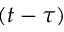
( t - \tau )